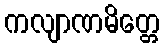
ကလျာဏမိတ္တေ